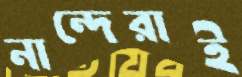
নান্দেরাই